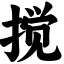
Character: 搅